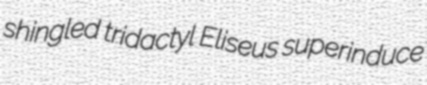
shingled tridactyl Eliseus superinduce